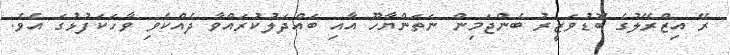
ރޭ އިޒްރޭލުގެ ބޮޑުވަޒީރު ބެންޖަމިން ނަތަންޔާހޫ އާއި ބައްދަލުކުރައްވާ ދެއްކެވި ވާހަކަފުޅުގަ އެވެ.